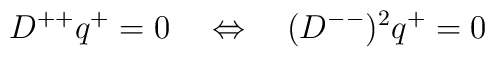
D^{++}q^+ =0\quad \Leftrightarrow \quad (D^{--})^2q^+=0